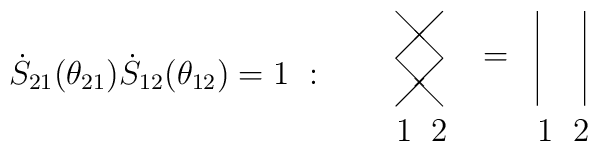
\dot{S}_{21}(\theta _{21})\dot{S}_{12}(\theta _{12})=1~:~~~~~ \begin{array}{c}\unitlength3mm\begin{picture}(8,5) \put(0,1){\line(1,1){2}}\put(2,1){\line(-1,1){2}} \put(0,3){\line(1,1){2}} \put(2,3){\line(-1,1){2}}\put(6,1){\line(0,1){4}} \put(8,1){\line(0,1){4}} \put(3.7,2.7){$=$}\put(0,-.5){$1$} \put(1.5,-.5){$2$} \put(6,-.5){$1$} \put(7.5,-.5){$2$}\end{picture}\end{array}